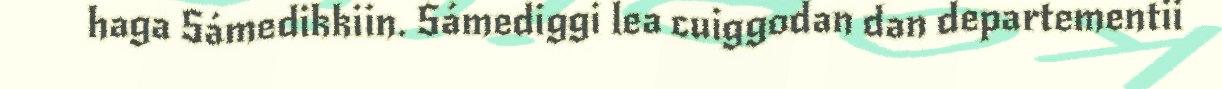
haga Sámedikkiin. Sámediggi lea cuiggodan dan departementii